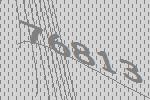
76813